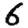
Digit: 6